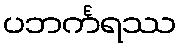
ပဘင်္ကရဿ